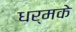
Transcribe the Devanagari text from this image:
धर्मके